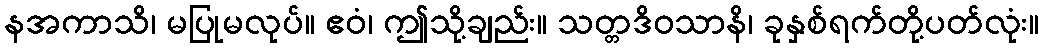
နအကာသိ၊ မပြုမလုပ်။ ဧဝံ၊ ဤသို့ချည်း။ သတ္တဒိဝသာနိ၊ ခုနှစ်ရက်တို့ပတ်လုံး။